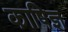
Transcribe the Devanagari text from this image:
काषिज्ञ